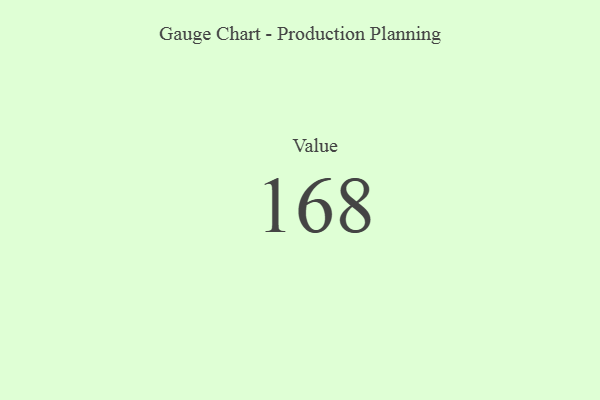
{"axis": {"x": "Metric", "y": "Value"}, "legend": [""], "data": [{"x": "Value", "y": 168, "type": ""}]}